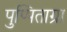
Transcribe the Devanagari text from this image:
पुप्पिताग्रा